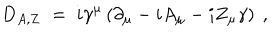
LaTeX: D _ { A , Z } \; = \; i \gamma ^ { \mu } \left( \partial _ { \mu } - i A _ { \mu } - i Z _ { \mu } \gamma \right) ~ ,